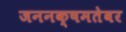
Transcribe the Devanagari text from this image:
जननक्षमतेवर